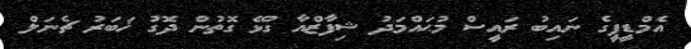
އެމްޑީޕީގެ ނައިބު ރައީސް މުޙައްމަދު ޝިފާޒްއާ ގުޅޭ ގޮތުން ދޮގު ޚަބަރު ޗެނަލް